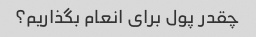
چقدر پول برای انعام بگذاریم؟